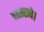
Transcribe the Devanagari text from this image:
वासराचे।